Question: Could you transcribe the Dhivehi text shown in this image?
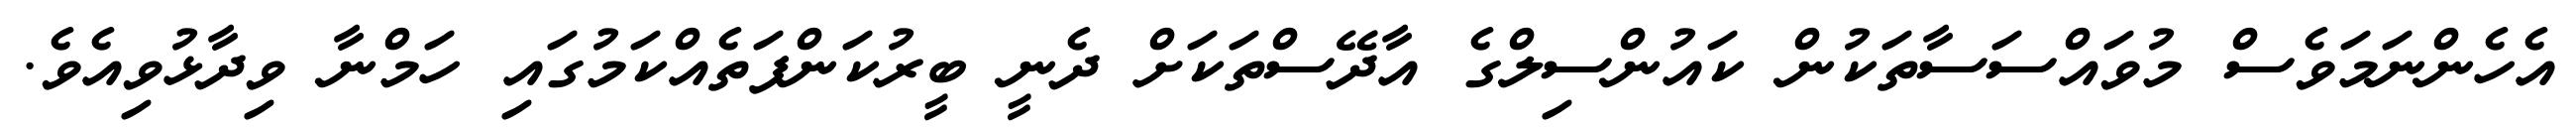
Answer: އެހެންނަމަވެސް މުވައްސަސާތަކުން ކައުންސިލްގެ އާދޭސްތަކަށް ދެނީ ބީރުކަންފަތެއްކަމުގައި ހަމްނާ ވިދާޅުވިއެވެ.